画像に写った文字を読んでください
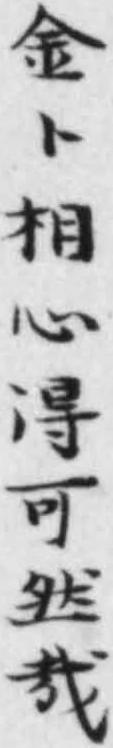
「金卜相心得可然哉」と書いてあります